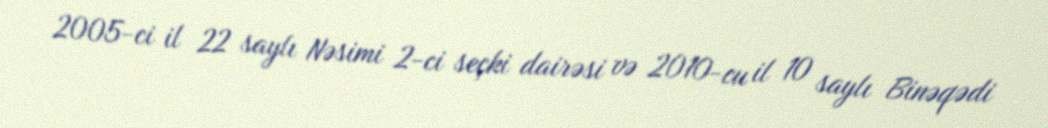
2005-ci il 22 saylı Nəsimi 2-ci seçki dairəsi və 2010-cu il 10 saylı Binəqədi